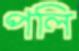
পলি